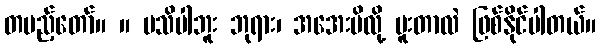
တပည့်တော်။ ။ မသိပါဘူး ဘုရား၊ အအေးမိလို့ မူးတာလဲ ဖြစ်နိုင်ပါတယ်။